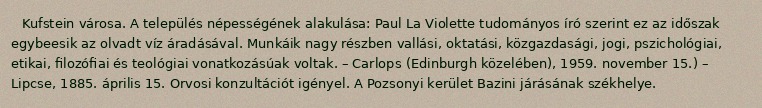
Kufstein városa. A település népességének alakulása: Paul La Violette tudományos író szerint ez az időszak egybeesik az olvadt víz áradásával. Munkáik nagy részben vallási, oktatási, közgazdasági, jogi, pszichológiai, etikai, filozófiai és teológiai vonatkozásúak voltak. – Carlops (Edinburgh közelében), 1959. november 15.) – Lipcse, 1885. április 15. Orvosi konzultációt igényel. A Pozsonyi kerület Bazini járásának székhelye.